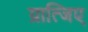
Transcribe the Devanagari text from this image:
ग्रात्जिए